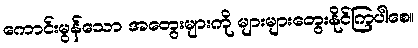
ကောင်းမွန်သော အတွေးများကို များများတွေးနိုင်ကြပါစေ။